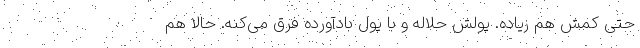
حتی کمش هم زیاده. پولش حلاله و با پول بادآورده فرق می‌کنه. حالا هم